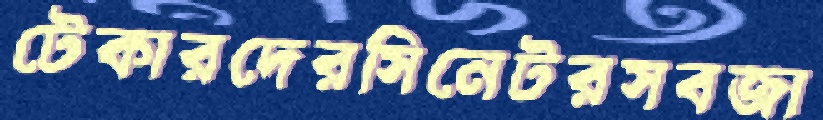
টেকারদেরসিনেটরসবজা